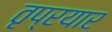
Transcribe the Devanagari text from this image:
तृप्रयार